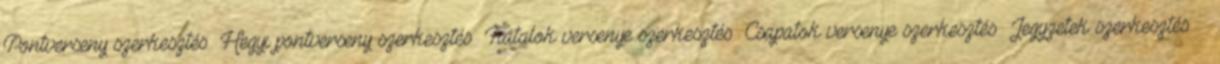
Pontverseny szerkesztés Hegyi pontverseny szerkesztés Fiatalok versenye szerkesztés Csapatok versenye szerkesztés Jegyzetek szerkesztés ↑